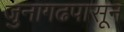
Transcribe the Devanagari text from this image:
जुनागढपासून